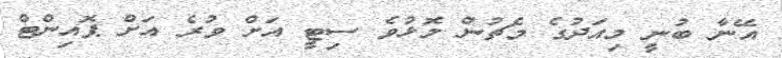
އޭނާ ބުނީ މިއަދުގެ މެޗުން މޮޅުވެ ސިޓީ އަށް ވުރެ އަށް ޕޮއިންޓް